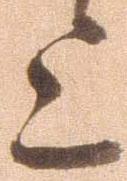
上